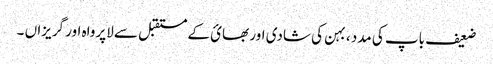
ضعیف باپ کی مدد ، بہن کی شادی اور بھائ کے مستقبل سے لاپرواہ اور گریزاں ۔